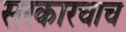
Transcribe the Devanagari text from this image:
सरकारचाच